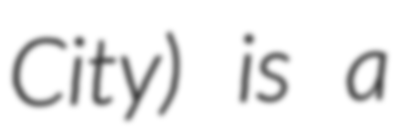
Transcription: City) is a